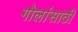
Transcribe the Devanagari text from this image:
गोलांसाठी